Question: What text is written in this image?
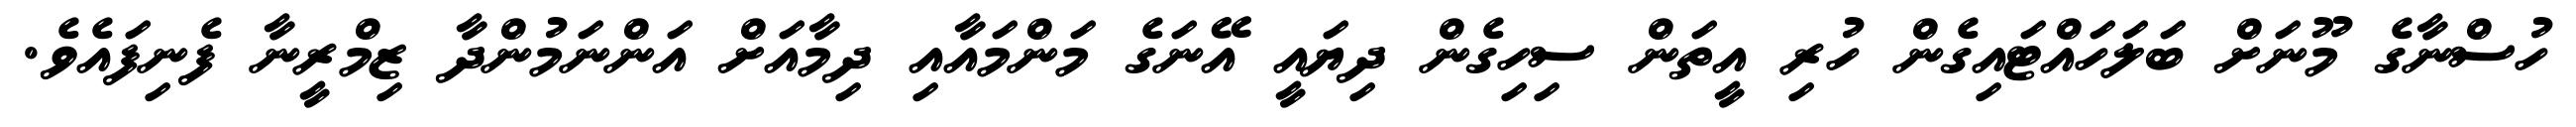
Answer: ހުސްނާގެ މޫނަށް ބަލަހައްޓައިގެން ހުރި އީތަން ސިހިގެން ދިޔައީ އޭނަގެ މަންމައާއި ދިމާއަށް އަންނަމުންދާ ޒިމްރީނާ ފެނިފައެވެ.